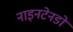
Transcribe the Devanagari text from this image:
नाइनटेनडो